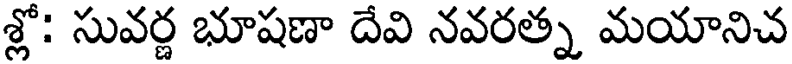
శ్లో: సువర్ణ భూషణా దేవి నవరత్న మయానిచ